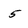
Character: 5